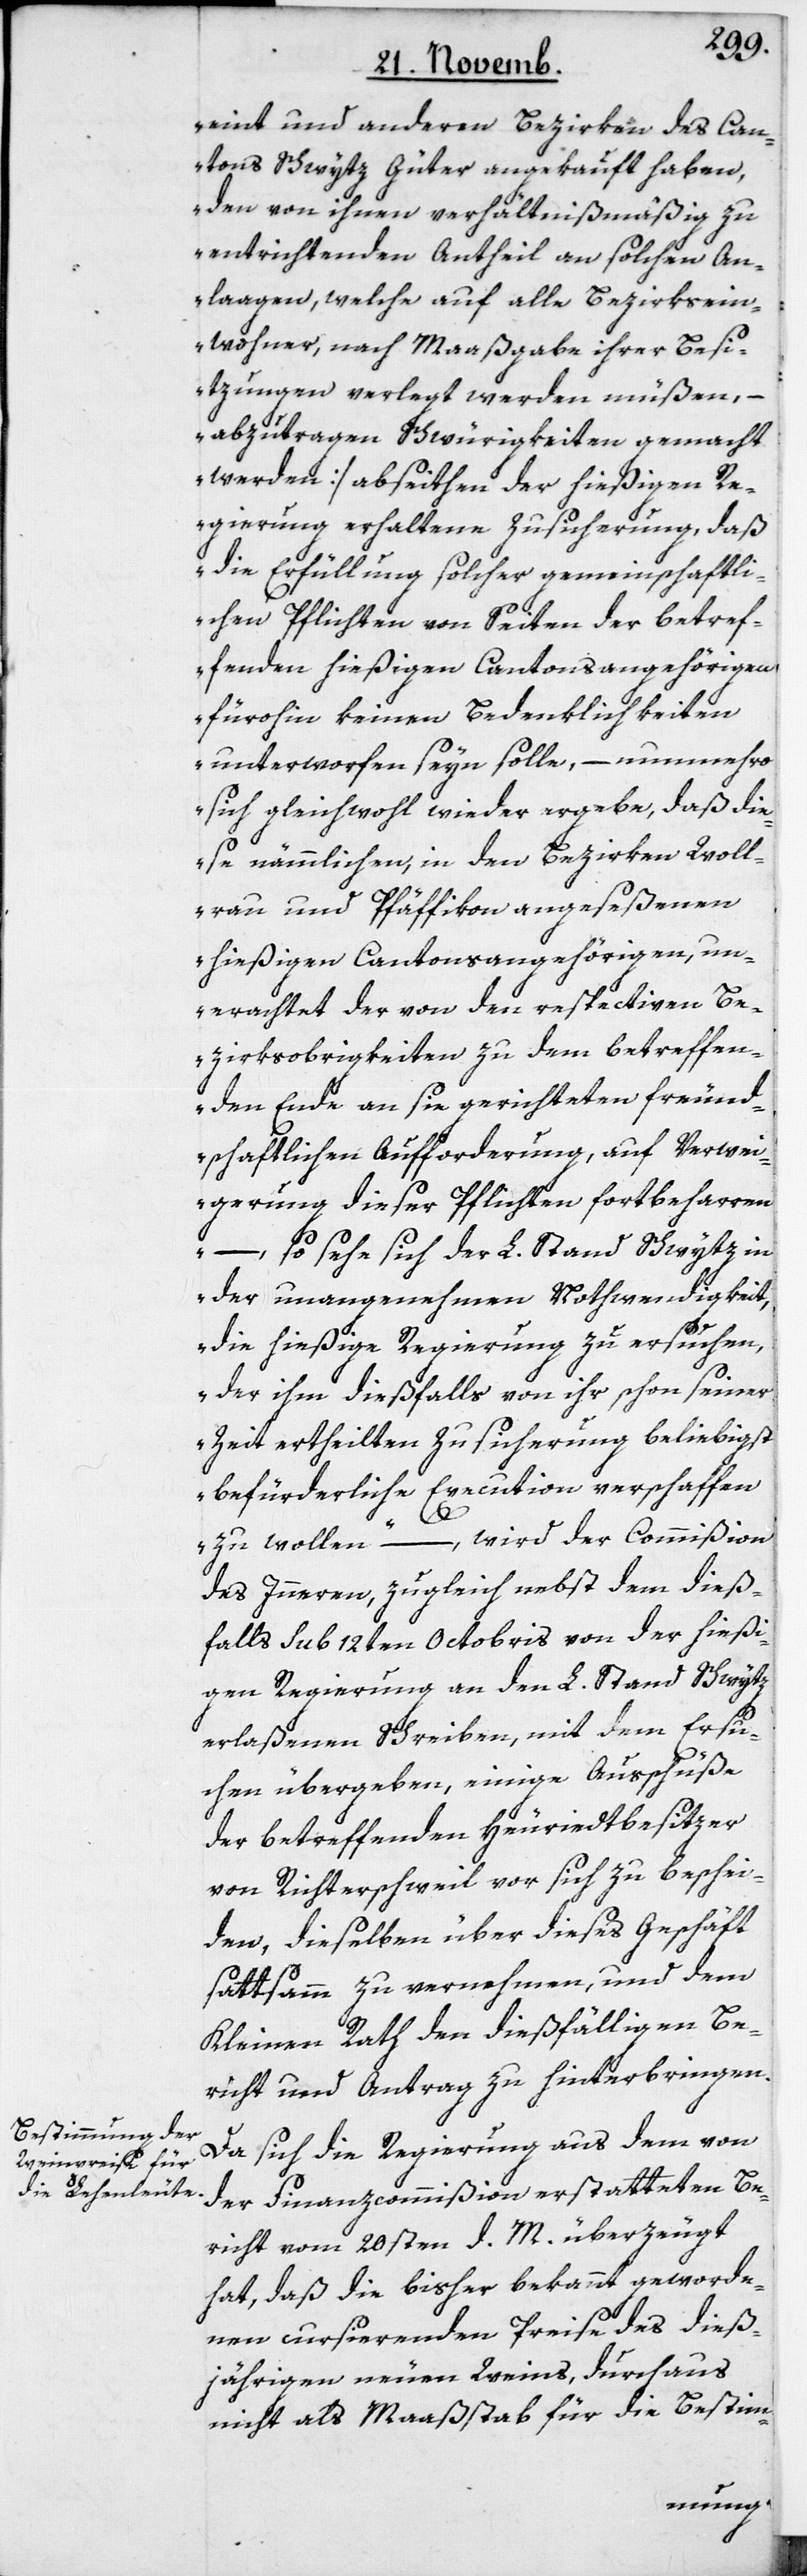
eint und anderen Bezirken des Can¬
tons Schwytz Güter angekauft haben,
den von ihnen verhältnismäßig zu
entrichtenden Antheil an solchen An¬
laagen, welche auf alle Bezirksein¬
wohner nach Maaßgabe ihrer Besi¬
tzungen verlegt werden müßen, –
abzutragen Schwürigkeiten gemacht
werden] abseiten der hießigen R¬
egierung erhaltene Zusicherung, daß
die Erfüllung solcher gemeinschaftli¬
chen Pflichten von Seiten der betref¬
fenden hießigen Cantonsangehörigen
fürohin keinen Bedenklichkeiten
unterworfen seyn solle, – nunmehro
sich gleichwohl wieder ergebe, daß die¬
se nämmlichen in den Bezirken Woll¬
rau und Pfäffikon angeseßenen
hießigen Cantonsangehörigen, un¬
erachtet der von den respectiven Be¬
zirksobrigkeiten zu dem betreffen¬
den Ende an sie gerichteten freund¬
schaftlichen Aufforderung, auf Verwei¬
gerung dieser Pflichten fortbeharren,
– so sehe sich der L. Stand Schwytz in
der unangenehmen Nothwendigkeit,
die hießige Regierung zu ersuchen,
der ihm dießfalls von ihr schon seiner
Zeit ertheilten Zusicherung beliebigst
befürderliche Execution verschaffen
zu wollen“, – wird der Commißion
des Innern, zugleich nebst dem dieß¬
falls sub 12ten Octobris von der hießi¬
gen Regierung an den L. Stand Schwytz
erlaßenen Schreiben, mit dem Ersu¬
chen übergeben, einige Ausschüße
der betreffenden Heuriedtbesitzer
von Richterschweil vor sich zu beschei¬
den, dieselben über dieses Geschäft
sattsam zu vernehmen, und dem
Kleinen Rath den dießfälligen Be¬
richt und Antrag zu hinterbringen.
Da sich die Regierung aus dem von
der Finanzcommißion erstatteten Be¬
richt vom 20sten d. M. überzeugt
hat, daß die bisher bekannt geworde¬
nen cursierenden Preise des dieß¬
jährigen neuen Weins, durchaus
nicht als Maaßstab für die Bestim-